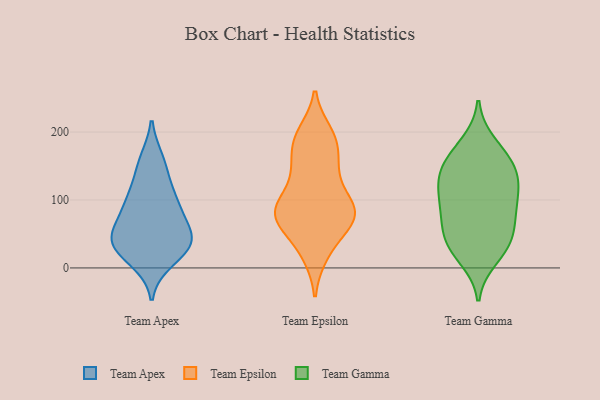
{"axis": {"x": "Headcount", "y": "Value"}, "legend": ["Team Apex", "Team Epsilon", "Team Gamma"], "data": [{"x": "", "y": 12, "type": "Team Apex"}, {"x": "", "y": 74, "type": "Team Apex"}, {"x": "", "y": 47, "type": "Team Apex"}, {"x": "", "y": 28, "type": "Team Apex"}, {"x": "", "y": 100, "type": "Team Apex"}, {"x": "", "y": 31, "type": "Team Apex"}, {"x": "", "y": 39, "type": "Team Apex"}, {"x": "", "y": 93, "type": "Team Apex"}, {"x": "", "y": 157, "type": "Team Apex"}, {"x": "", "y": 104, "type": "Team Apex"}, {"x": "", "y": 46, "type": "Team Apex"}, {"x": "", "y": 148, "type": "Team Apex"}, {"x": "", "y": 42, "type": "Team Apex"}, {"x": "", "y": 197, "type": "Team Epsilon"}, {"x": "", "y": 21, "type": "Team Epsilon"}, {"x": "", "y": 78, "type": "Team Epsilon"}, {"x": "", "y": 183, "type": "Team Epsilon"}, {"x": "", "y": 72, "type": "Team Epsilon"}, {"x": "", "y": 74, "type": "Team Epsilon"}, {"x": "", "y": 80, "type": "Team Epsilon"}, {"x": "", "y": 145, "type": "Team Epsilon"}, {"x": "", "y": 84, "type": "Team Epsilon"}, {"x": "", "y": 136, "type": "Team Epsilon"}, {"x": "", "y": 26, "type": "Team Epsilon"}, {"x": "", "y": 92, "type": "Team Epsilon"}, {"x": "", "y": 60, "type": "Team Epsilon"}, {"x": "", "y": 184, "type": "Team Epsilon"}, {"x": "", "y": 191, "type": "Team Epsilon"}, {"x": "", "y": 144, "type": "Team Epsilon"}, {"x": "", "y": 84, "type": "Team Epsilon"}, {"x": "", "y": 94, "type": "Team Epsilon"}, {"x": "", "y": 123, "type": "Team Gamma"}, {"x": "", "y": 30, "type": "Team Gamma"}, {"x": "", "y": 169, "type": "Team Gamma"}, {"x": "", "y": 84, "type": "Team Gamma"}, {"x": "", "y": 128, "type": "Team Gamma"}, {"x": "", "y": 183, "type": "Team Gamma"}, {"x": "", "y": 102, "type": "Team Gamma"}, {"x": "", "y": 39, "type": "Team Gamma"}, {"x": "", "y": 150, "type": "Team Gamma"}, {"x": "", "y": 75, "type": "Team Gamma"}, {"x": "", "y": 141, "type": "Team Gamma"}, {"x": "", "y": 50, "type": "Team Gamma"}, {"x": "", "y": 79, "type": "Team Gamma"}, {"x": "", "y": 152, "type": "Team Gamma"}, {"x": "", "y": 111, "type": "Team Gamma"}, {"x": "", "y": 36, "type": "Team Gamma"}, {"x": "", "y": 15, "type": "Team Gamma"}]}